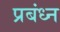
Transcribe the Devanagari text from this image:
प्रबंध्न